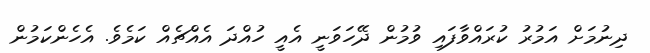
ދިނުމަށް އަމުރު ކުރައްވާފައި ވުމުން ދޭހަވަނީ އެއީ ހުއްދަ އެއްޗެއް ކަމެވެ. އެހެންކަމުން